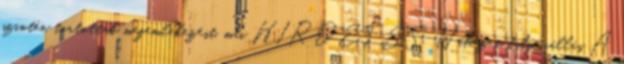
szintén tartottak megemlékezést. mti HIRDETÉS Nehéz a talpraállás A